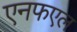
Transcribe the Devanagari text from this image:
एनफएल